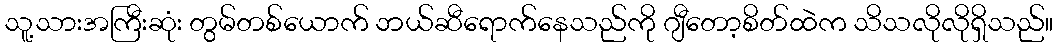
သူ့သားအကြီးဆုံး တွမ်တစ်ယောက် ဘယ်ဆီရောက်နေသည်ကို ဂျီတော့စိတ်ထဲက သိသလိုလိုရှိသည်။